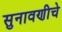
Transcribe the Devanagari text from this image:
सुनावणीचे